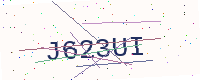
Text: J623UI